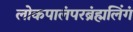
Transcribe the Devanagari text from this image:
लोकपालंपरब्रंह्मलिंगं